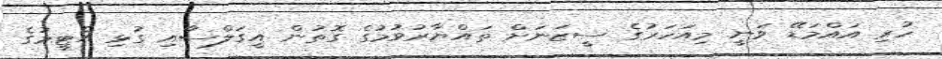
ހުރި އައްމަޑޭ ވަނީ މިއަހަރުގެ ސީޒަނަށް ތައްޔާރުވުމުގެ ގޮތުން އީގަލްސާއި ގުޅި އެޓީމުގެ